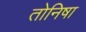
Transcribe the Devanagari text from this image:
तोनिषा